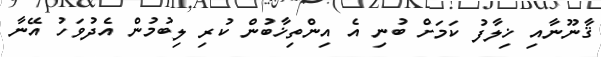
ޤާނޫނާއި ޚިލާފު ކަމަށް ބުނި އެ އިންތިޚާބުން ކުރި ލިބުމުން އެދުވަހު އޭނާ